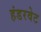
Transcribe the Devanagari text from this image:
हंडरवेट